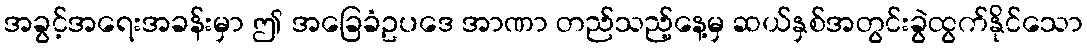
အခွင့်အရေးအခန်းမှာ ဤ အခြေခံဥပဒေ အာဏာ တည်သည့်နေ့မှ ဆယ်နှစ်အတွင်းခွဲထွက်နိုင်သော